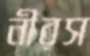
নীরস